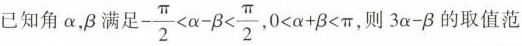
已知角\alpha ，\beta 满足$$- \frac{\pi }{2}< \alpha - \beta < \frac{\pi }{2}$$,$$0< \alpha + \beta < \pi$$ ,则$$3\alpha -\beta$$ 的取值范